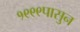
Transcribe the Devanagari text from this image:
१९९९पासुन